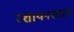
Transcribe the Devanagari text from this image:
रशायनशास्त्र